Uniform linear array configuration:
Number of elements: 8
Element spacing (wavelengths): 0.75
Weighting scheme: hann
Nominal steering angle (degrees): -60
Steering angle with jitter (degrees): -59.033
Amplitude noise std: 0.05
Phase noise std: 0.05

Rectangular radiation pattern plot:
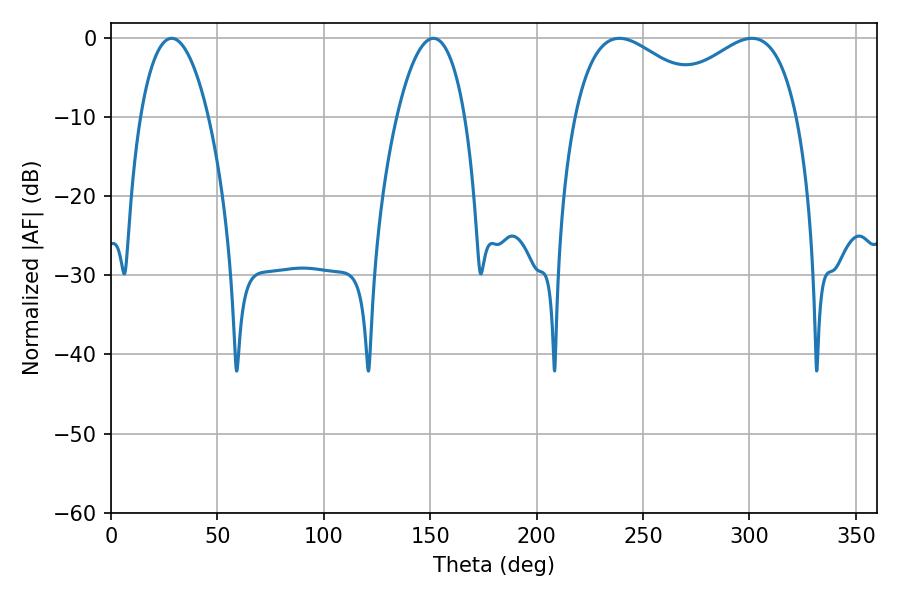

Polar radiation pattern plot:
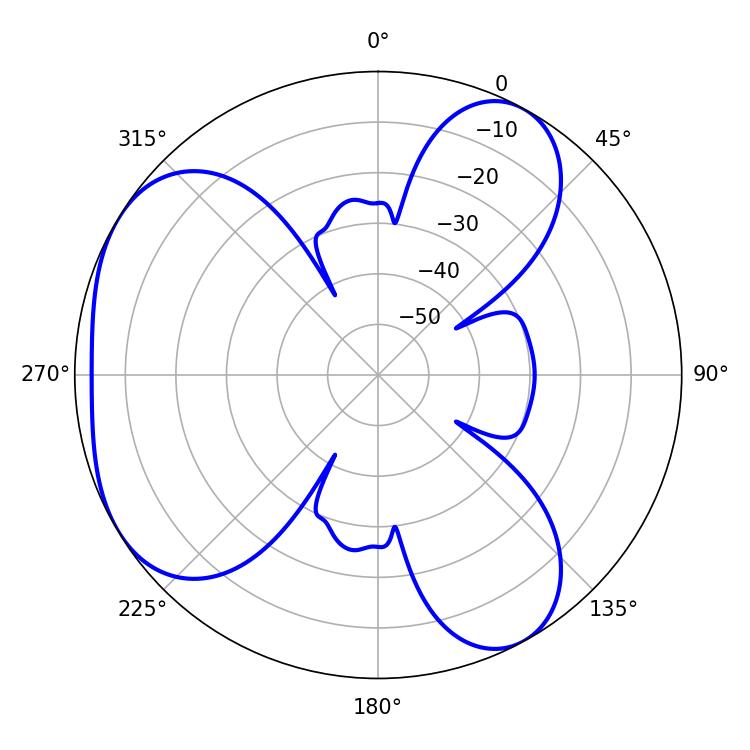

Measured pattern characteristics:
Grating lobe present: TRUE
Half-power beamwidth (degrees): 37.08
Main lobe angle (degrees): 238.86